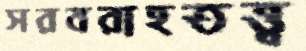
সরবরাহতত্ত্ব